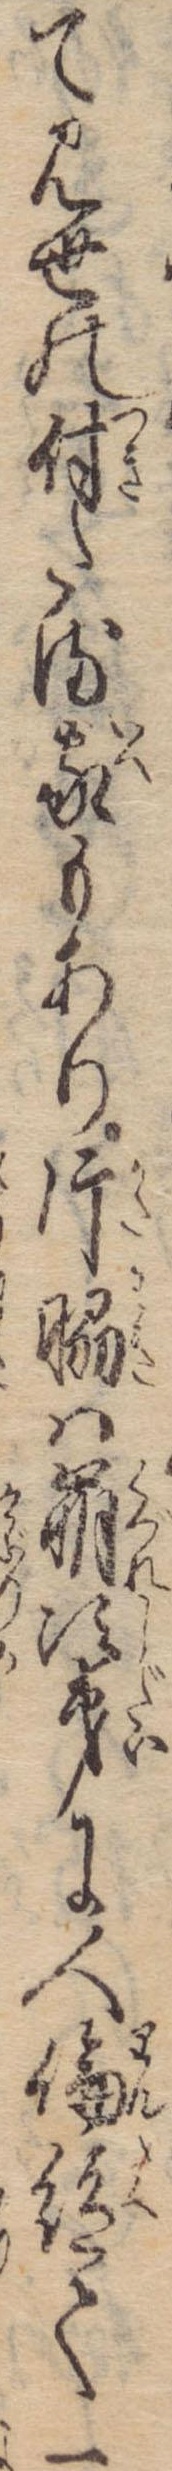
て見世の付たる家もあり片脇は崩次第に人倫絶て一